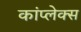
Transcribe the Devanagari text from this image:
कांप्लेक्स